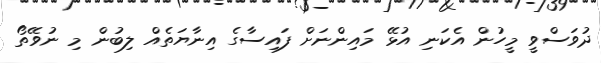
ދުވަސްވީ މީހުން އެކަނި އުޅޭ މައިންނަށް ފައިސާގެ އިނާޔަތެއް ލިބުން މި ނުވޭތޯ